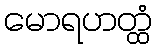
မောရဟတ္ထံ